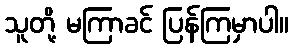
သူတို့ မကြာခင် ပြန်ကြမှာပါ။